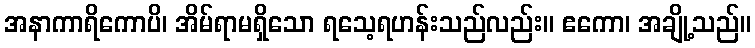
အနာကာရိကောပိ၊ အိမ်ရာမရှိသော ရသေ့ရဟန်းသည်လည်း။ ဧကော၊ အချို့သည်။